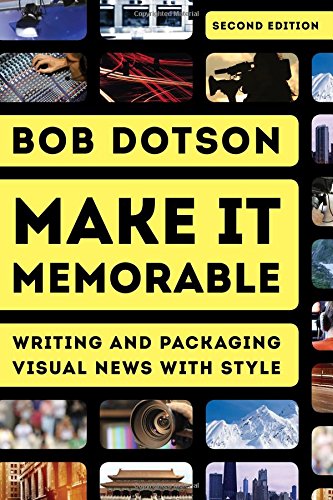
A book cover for Make It Memorable: Writing and Packaging Visual News with Style; Bob Dotson; Arts & Photography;